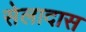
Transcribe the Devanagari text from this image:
सेलादास